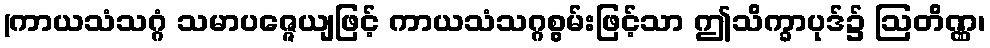
(ကာယသံသဂ္ဂံ သမာပဇ္ဇေယျဖြင့် ကာယသံသဂ္ဂစွမ်းဖြင့်သာ ဤသိက္ခာပုဒ်၌ ဩတိဏ္ဏ၊